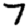
Digit: 7